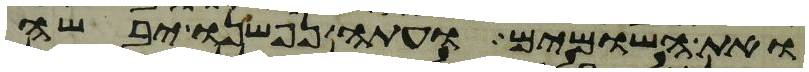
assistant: ואת השומים ועתה נפשנו יבשה